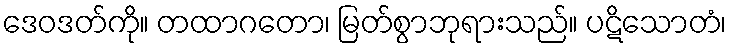
ဒေဝဒတ်ကို။ တထာဂတော၊ မြတ်စွာဘုရားသည်။ ပဋိသောတံ၊